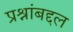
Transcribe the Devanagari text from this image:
प्रश्नांबद्दल